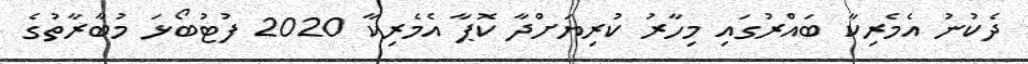
ދެކުނު އެމެރިކާ ބައްރުގައި މިހާރު ކުރިޔަށްދާ ކޮޕާ އެމެރިކާ 2020 ފުޓުބޯޅަ މުބާރާތުގެ